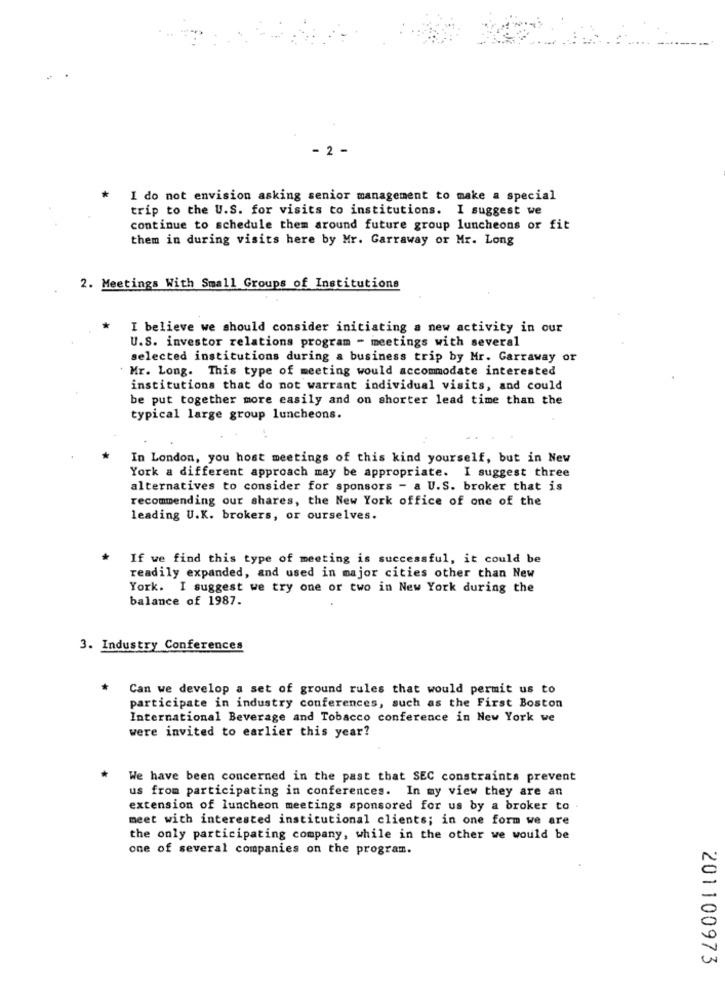
- 2 -
I do not envision asking senior management to make a special
trip to the U.S. for visits to institutions. I suggest we
continue to schedule them around future group luncheons or fit
them in during visits here by Mr. Garraway or Mr. Long
2. Meetings With Small Groups of Institutions
I believe we should consider initiating a new activity in our
U.S. investor relations program - meetings with several
selected institutions during a business trip by Mr. Garraway or
Mr. Long. This type of meeting would accommodate interested
institutions that do not warrant individual visits, and could
be put together more easily and on shorter lead time than the
typical large group luncheons.
In London, you host meetings of this kind yourself, but in New
York a different approach may be appropriate. I suggest three
alternatives to consider for sponsors - a U.S. broker that is
recommending our shares, the New York office of one of the
leading U.K. brokers, or ourselves.
If we find this type of meeting is successful, it could be
readily expanded, and used in major cities other than New
York. I suggest we try one or two in New York during the
balance of 1987.
3. Industry Conferences
Can we develop a set of ground rules that would permit us to
participate in industry conferences, such as the First Boston
International Beverage and Tobacco conference in New York we
were invited to earlier this year?
We have been concerned in the past that SEC constraints prevent
us from participating in conferences. In my view they are an
extension of luncheon meetings sponsored for us by a broker to .
meet with interested institutional clients; in one form we are
the only participating company, while in the other we would be
one of several companies on the program.
201100973